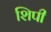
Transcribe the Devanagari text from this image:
शिपी